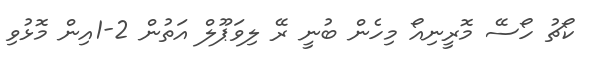
ކޯޗު ހޯސޭ މޮރީނިއޯ މިހެން ބުނީ ރޭ ލިވަޕޫލް އަތުން 2-1އިން މޮޅުވި